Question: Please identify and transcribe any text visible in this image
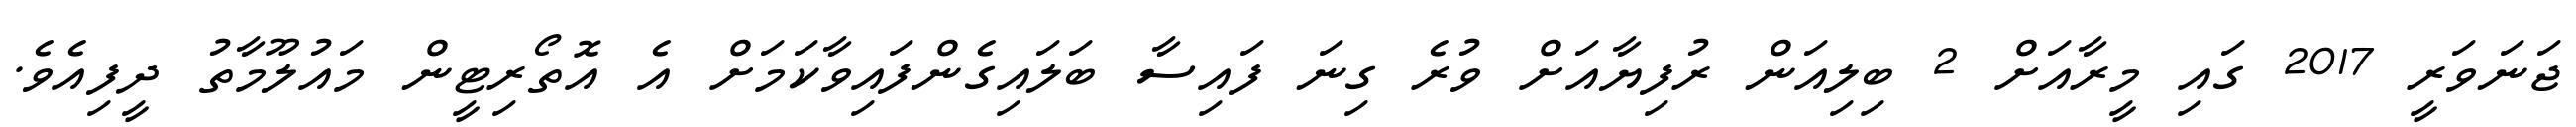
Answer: ޖަނަވަރީ 2017 ގައި މީރާއަށް 2 ބިލިއަން ރުފިޔާއަށް ވުރެ ގިނަ ފައިސާ ބަލައިގެންފައިވާކަމަށް އެ އޮތޯރިޓީން މައުލޫމާތު ދީފިއެވެ.